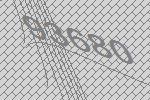
93680